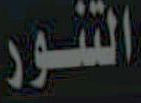
التنور